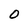
Character: 0